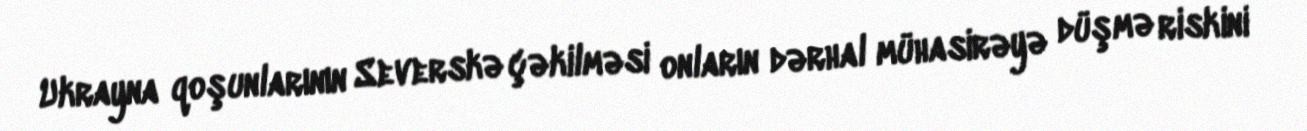
Ukrayna qoşunlarının Severskə çəkilməsi onların dərhal mühasirəyə düşmə riskini